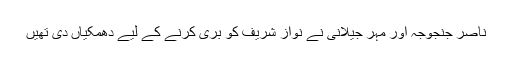
ناصر جنجوجہ اور مہر جیلانی نے نواز شریف کو بری کرنے کے لیے دھمکیاں دی تھیں